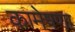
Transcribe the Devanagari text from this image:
कामेषणा